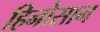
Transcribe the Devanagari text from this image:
हिनोसान